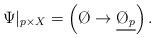
LaTeX: \begin{align*}\Psi|_{p\times X} = \left( \O\to\underline{\O_p} \right).\end{align*}